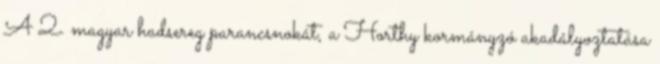
A 2. magyar hadsereg parancsnokát, a Horthy kormányzó akadályoztatása